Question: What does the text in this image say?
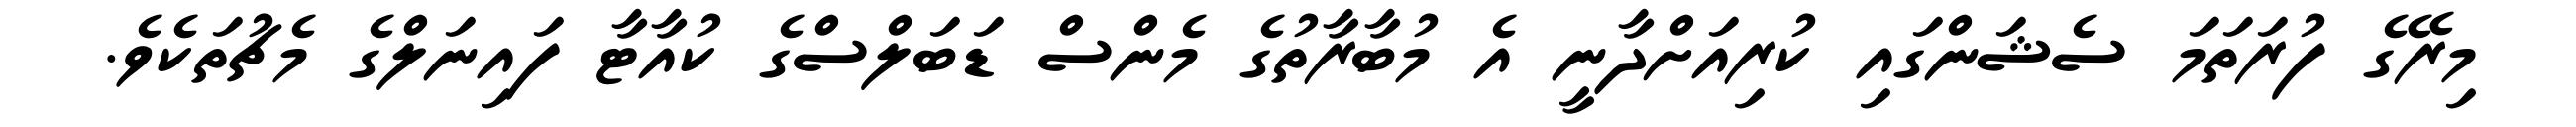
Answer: މިރޭގެ ފުރަތަމަ ސެޝަންގައި ކުރިއަށްދާނީ އެ މުބާރާތުގެ މެންސް ޑަބަލްސްގެ ކުއާޓާ ފައިނަލްގެ މެޗުތަކެވެ.